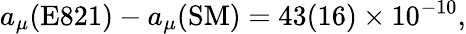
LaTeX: a_{\mu}(\mathrm{E821})-a_{\mu}(\mathrm{SM})=43(16)\times 10^{-10},